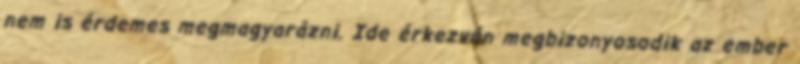
nem is érdemes megmagyarázni. Ide érkezvén megbizonyosodik az ember